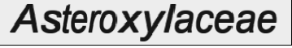
Asteroxylaceae